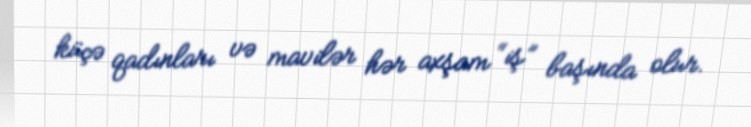
küçə qadınları və mavilər hər axşam “iş” başında olur.